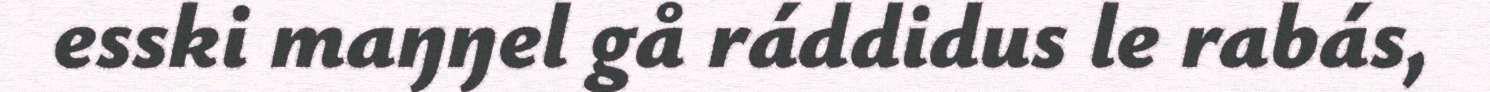
esski maŋŋel gå ráddidus le rabás,